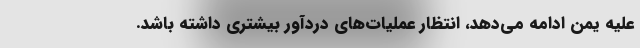
علیه یمن ادامه می‌دهد، انتظار عملیات‌های دردآور بیشتری داشته باشد.